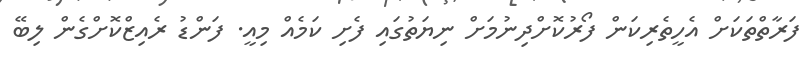
ފަރާތްތަކަށް އެހީތެރިކަން ފޯރުކޮށްދިނުމަށް ނިޔަތުގައި ފެށި ކަމެއް މިއީ. ފަންޑު ރެއިޒްކޮށްގެން ލިބޭ